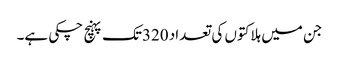
جن میں ہلاکتوں کی تعداد 320تک پہنچ چکی ہے۔